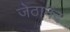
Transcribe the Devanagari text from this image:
जेठानंद